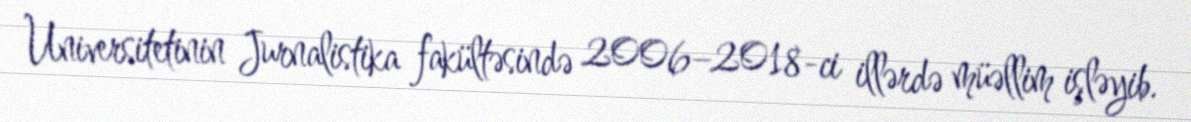
Universitetinin Jurnalistika fakültəsində 2006–2018-ci illərdə müəllim işləyib.